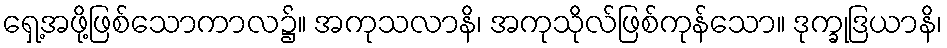
ရှေ့အဖို့ဖြစ်သောကာလ၌။ အကုသလာနိ၊ အကုသိုလ်ဖြစ်ကုန်သော။ ဒုက္ခုဒြယာနိ၊